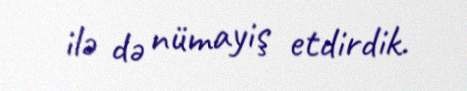
ilə də nümayiş etdirdik.